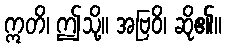
ဣတိ၊ ဤသို့။ အဗြဝိ၊ ဆို၏။